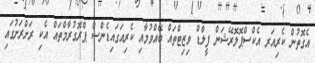
އެގޮތުން ކެރިއަރ އެކްސްޕޮލޮރޭޝަން ފީލްޑް ވިޒިޓްތައް ބޭއްވުމާއި ކެރިއަގައިޑެންސް ޕްރޮގުރާމްތައް އެކި ރަށްރަށުގައި